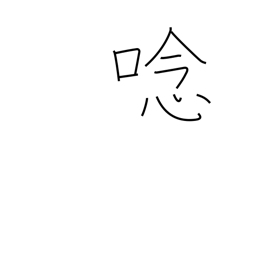
Meaning: roar